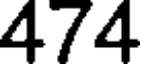
474